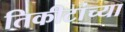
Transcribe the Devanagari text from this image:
तिकीटांच्या